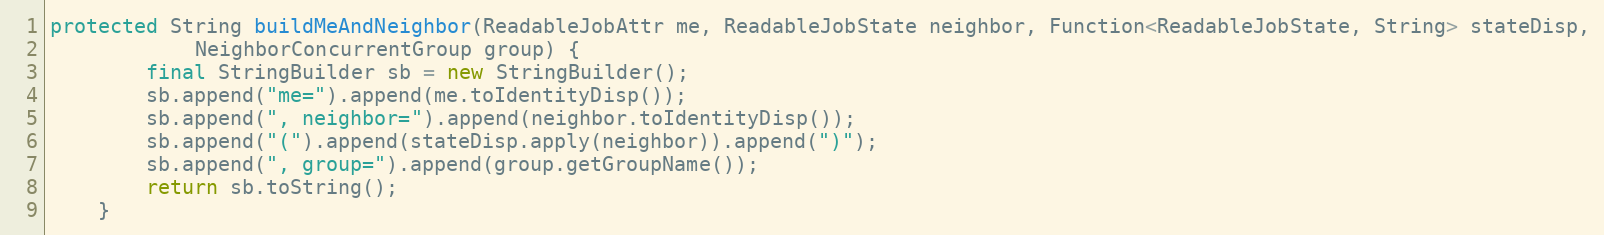
Language: Java
protected String buildMeAndNeighbor(ReadableJobAttr me, ReadableJobState neighbor, Function<ReadableJobState, String> stateDisp,
            NeighborConcurrentGroup group) {
        final StringBuilder sb = new StringBuilder();
        sb.append("me=").append(me.toIdentityDisp());
        sb.append(", neighbor=").append(neighbor.toIdentityDisp());
        sb.append("(").append(stateDisp.apply(neighbor)).append(")");
        sb.append(", group=").append(group.getGroupName());
        return sb.toString();
    }